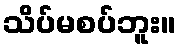
သိပ်မစပ်ဘူး။